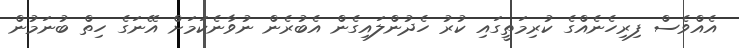
އެއްވެސް ފިރިހެނެއްގެ ކުރިމަތީގައި ކުރު ހެދުންލައިގެން އެބުރެން ނުވާނެކަމަށް އޭނަގެ ހިތް ބުނަމުން